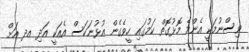
ވިސްނުމަކީ އެންމެ މޮޅުގޮތް ކަމުގައި ހީވެގެން އުޅުނަކަސް އެއަކީ އަދި އދ އަށް